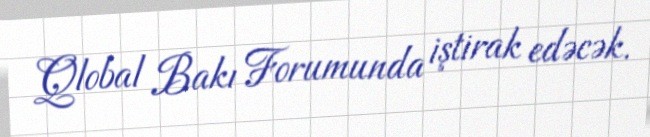
Qlobal Bakı Forumunda iştirak edəcək.